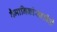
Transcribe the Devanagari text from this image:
वैमानिकांसाठीही